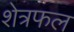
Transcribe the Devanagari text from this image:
शेत्रफल